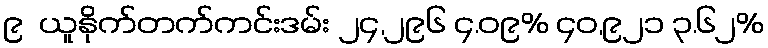
၉  ယူနိုက်တက်ကင်းဒမ်း ၂၄,၂၉၆ ၄.၀၉% ၄၀,၉၂၁ ၃.၆၂%